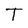
Character: T